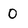
Character: 0